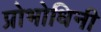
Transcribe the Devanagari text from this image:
प्रोभोधिनी